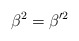
\begin{align*}\beta^2 = \beta'^2 \end{align*}